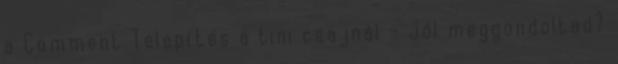
a Comment Telepítés a tini csajnál – Jól meggondoltad?